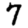
Digit: 7